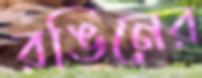
রঙিনের